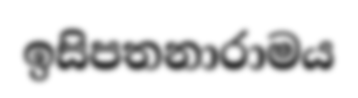
ඉසිපතනාරාමය